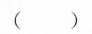
()